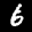
Label: 6